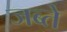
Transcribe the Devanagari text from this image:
जब्ते